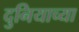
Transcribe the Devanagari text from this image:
दुनियाच्या